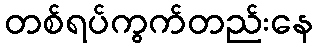
တစ်ရပ်ကွက်တည်းနေ